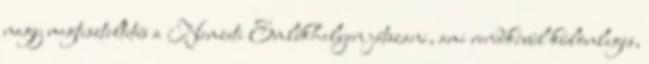
nagy megtiszteltetés a Nemzeti Emlékhelyen játszani, ami rendkívül különleges,